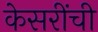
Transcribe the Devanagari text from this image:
केसरींची